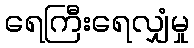
ရေကြီးရေလျှံမှု